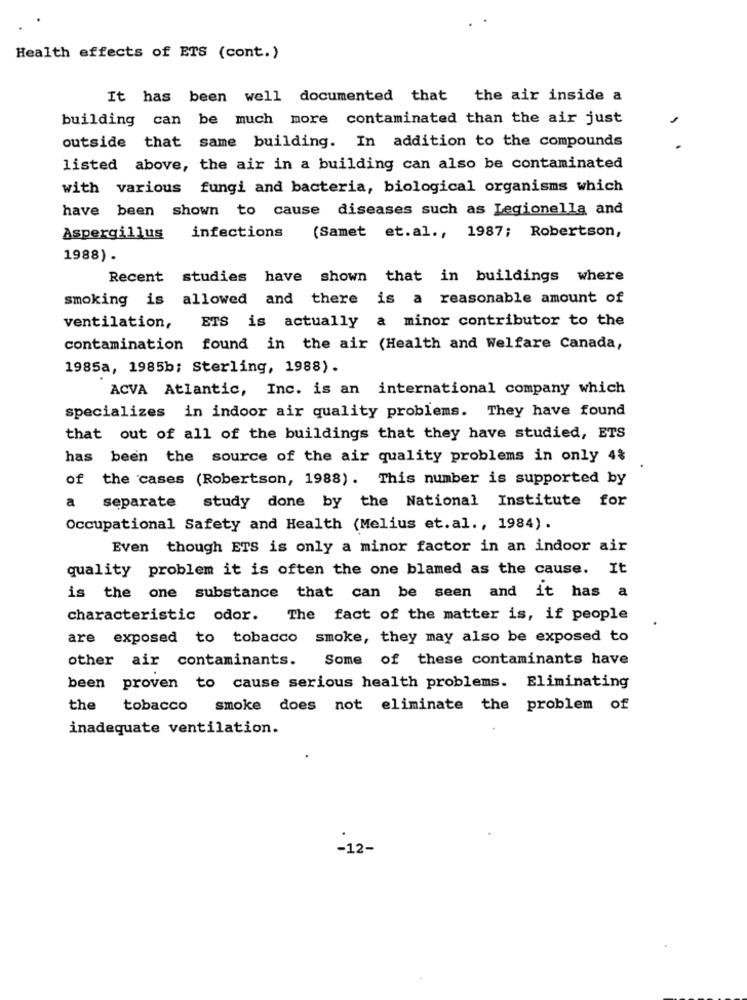
Health effects of ETS (cont.)
It has been well documented that the air inside a
building can be much more contaminated than the air just
outside that same building. In addition to the compounds
listed above, the air in a building can also be contaminated
with various fungi and bacteria, biological organisms which
have been shown to cause diseases such as Legionella and
(Samet et.al ., 1987; Robertson,
Aspergillus
infections
1988) .
Recent
studies have shown that in buildings where
smoking is allowed and there is a reasonable amount of
ETS is actually a minor contributor to the
ventilation,
contamination found in the air (Health and Welfare Canada,
1985a, 1985b; Sterling, 1988).
ACVA Atlantic, Inc. is an international company which
specializes in indoor air quality problems. They have found
that out of all of the buildings that they have studied, ETS
has been the source of the air quality problems in only 4%
of the cases (Robertson, 1988). This number is supported by
a separate study done by the National Institute for
Occupational Safety and Health (Melius et.al ., 1984).
Even though ETS is only a minor factor in an indoor air
quality problem it is often the one blamed as the cause. It
is the one substance that can be seen and it has a
characteristic odor. The fact of the matter is, if people
are exposed to tobacco smoke, they may also be exposed to
other air contaminants.
Some of these contaminants have
been
proven to cause serious health problems. Eliminating
the
tobacco
smoke does not eliminate the problem of
inadequate ventilation.
-12-